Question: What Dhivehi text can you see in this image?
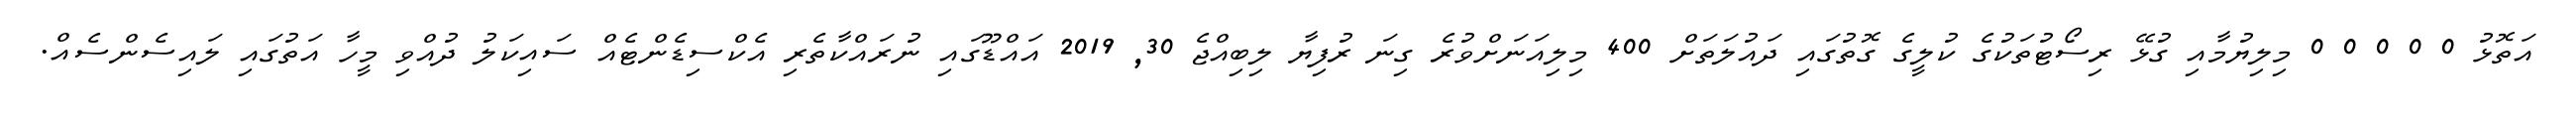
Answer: އަތޮޅު 0 0 0 0 0 މިލިޔުމާއި ގުޅޭ ރިސޯޓުތަކުގެ ކުލީގެ ގޮތުގައި ދައުލަތަށް 400 މިލިއަނަށްވުރެ ގިނަ ރުފިޔާ ލިބިއްޖެ 30, 2019 އައްޑޫގައި ނުރައްކާތެރި އެކްސިޑެންޓެއް ސައިކަލު ދުއްވި މީހާ އަތުގައި ލައިސެންސެއް.